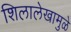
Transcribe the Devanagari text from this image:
शिलालेखामुळे